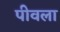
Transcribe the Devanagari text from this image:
पीवला